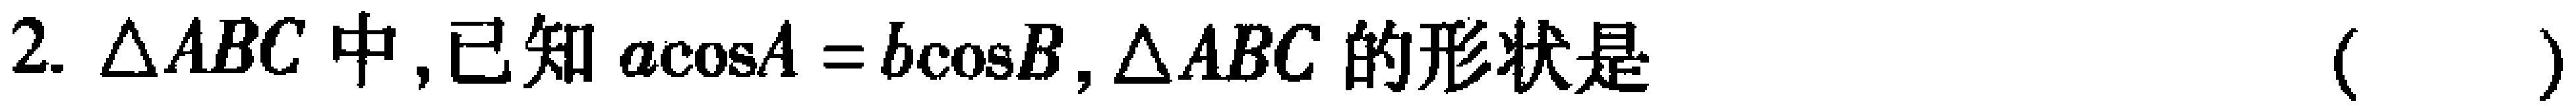
2. $\triangle ABC$中，已知$a\cos A = b\cos B$, $\triangle ABC$的形状是 （  ）